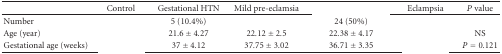
<table><thead><tr><td>[EMPTY_CELL]</td><td><b>Control</b></td><td><b>Gestational HTN</b></td><td><b>Mild pre-eclamsia</b></td><td>[EMPTY_CELL]</td><td><b>Eclampsia</b></td><td><b><i>P</i> value</b></td></tr></thead><tbody><tr><td>Number</td><td>[EMPTY_CELL]</td><td>5 (10.4%)</td><td>[EMPTY_CELL]</td><td>24 (50%)</td><td>[EMPTY_CELL]</td><td>[EMPTY_CELL]</td></tr><tr><td>Age (year)</td><td>[EMPTY_CELL]</td><td>21.6 ± 4.27</td><td>22.12 ± 2.5</td><td>22.38 ± 4.17</td><td>[EMPTY_CELL]</td><td>NS</td></tr><tr><td>Gestational age (weeks)</td><td>[EMPTY_CELL]</td><td>37 ± 4.12</td><td>37.75 ± 3.02</td><td>36.71 ± 3.35</td><td>[EMPTY_CELL]</td><td><i>P</i> = 0.121</td></tr></tbody></table>